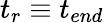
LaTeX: t_{r}\equiv t_{end}